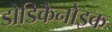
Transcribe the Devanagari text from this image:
डोडिकैनोइक